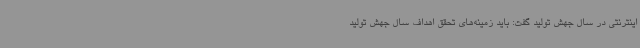
اینترنتی در سال جهش تولید گفت: باید زمینه‌های تحقق اهداف سال جهش تولید